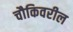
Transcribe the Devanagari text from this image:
चौकिवरील